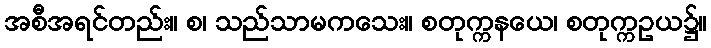
အစီအရင်တည်း။ စ၊ သည်သာမကသေး။ စတုက္ကနယေ၊ စတုက္ကဥယ၌။